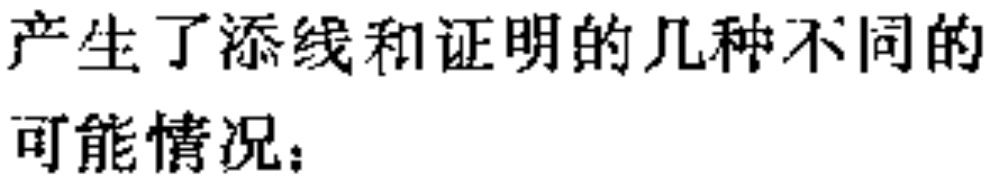
产生了添线和证明的几种不同的

可能情况：